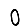
Digit: 0